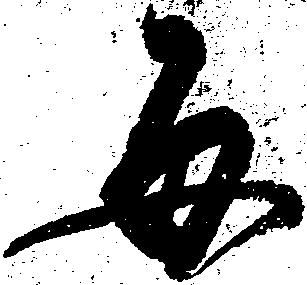
毎